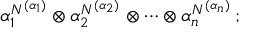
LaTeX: \alpha _ { 1 } ^ { N ^ { ( \alpha _ { 1 } ) } } \otimes \alpha _ { 2 } ^ { N ^ { ( \alpha _ { 2 } ) } } \otimes \cdots \otimes \alpha _ { n } ^ { N ^ { ( \alpha _ { n } ) } } \, ;